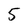
Character: 5